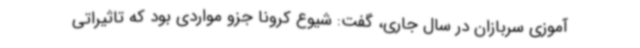
آموزی سربازان در سال جاری، گفت: شیوع کرونا جزو مواردی بود که تاثیراتی